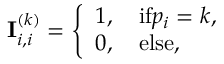
\mathbf { I } _ { i , i } ^ { ( k ) } = \left\{ \begin{array} { l l } { 1 , \quad \mathrm { i f } p _ { i } = k , } \\ { 0 , \quad \mathrm { e l s e } , } \end{array} \right.